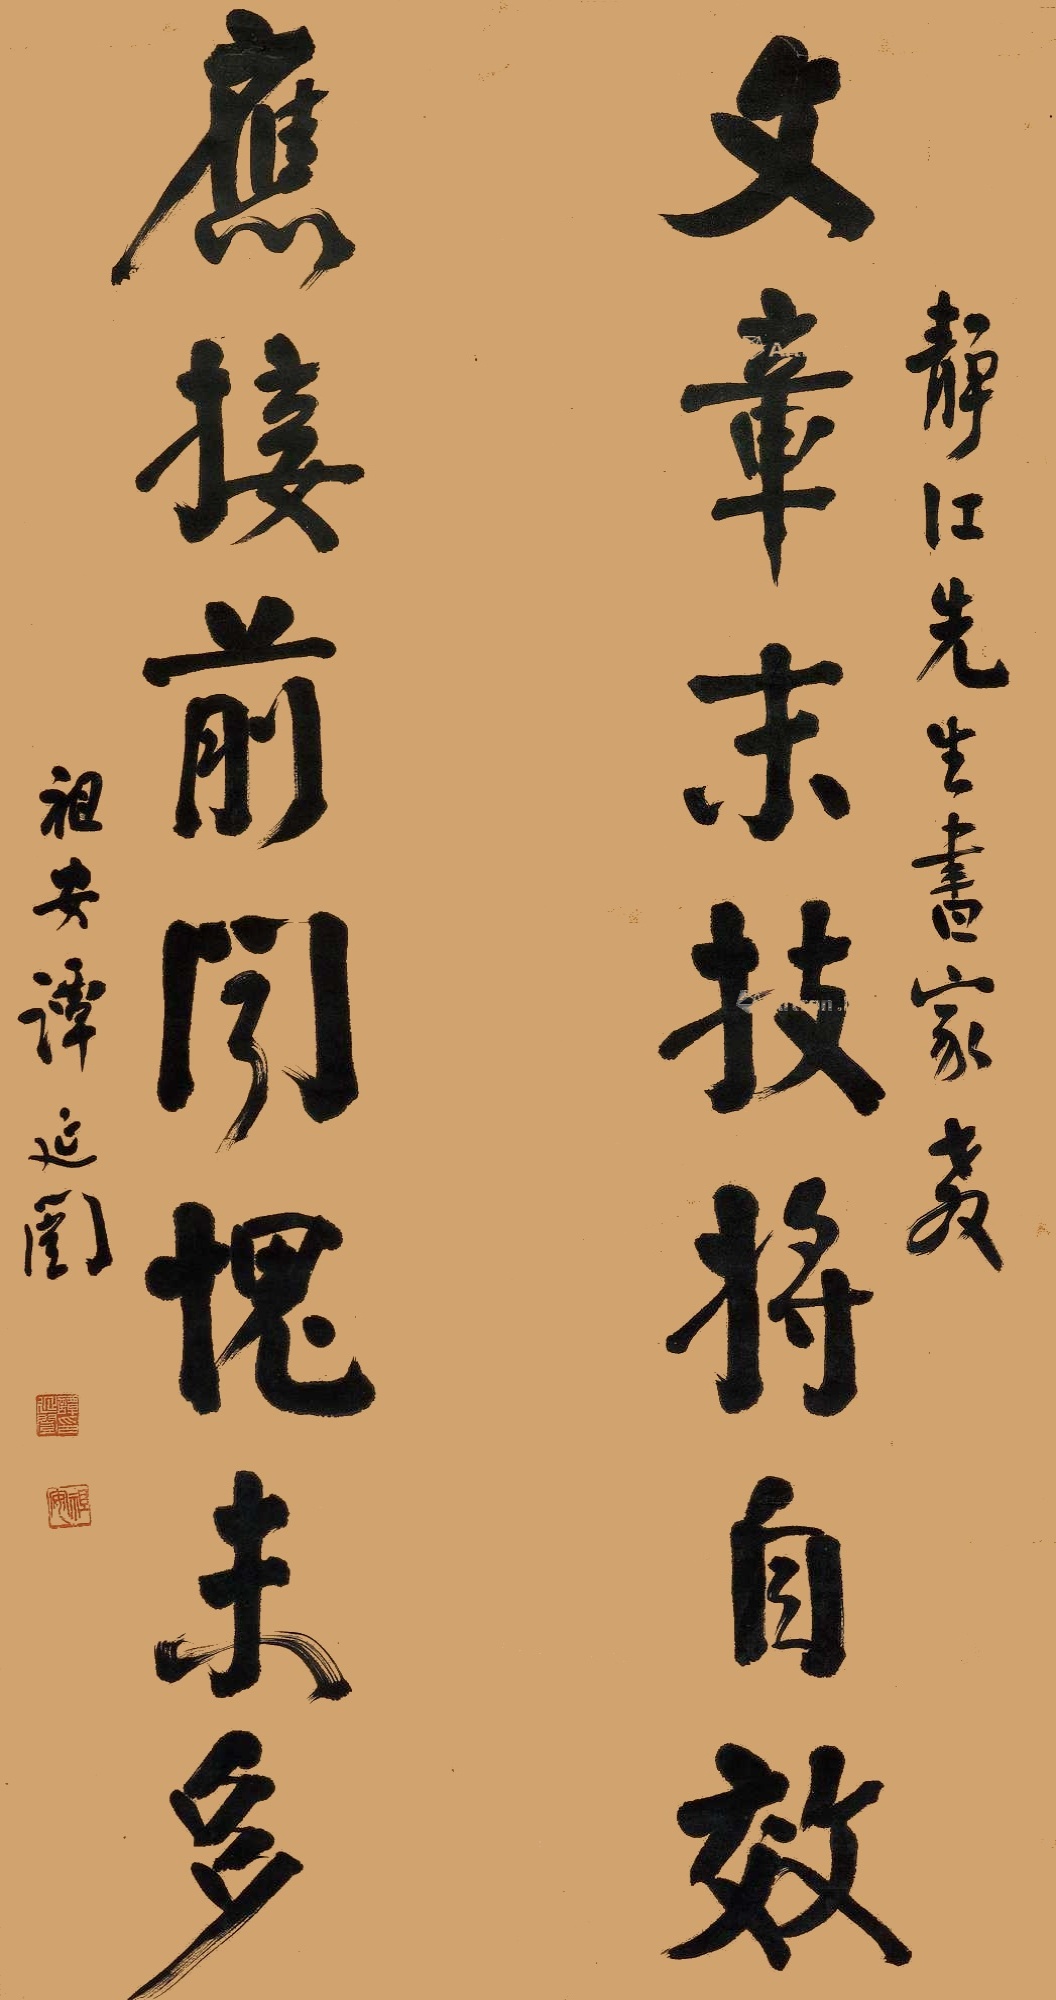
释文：文章末技将自效；应接前闻愧未多。静江先生书家教，祖安谭延闿。